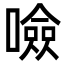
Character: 噞